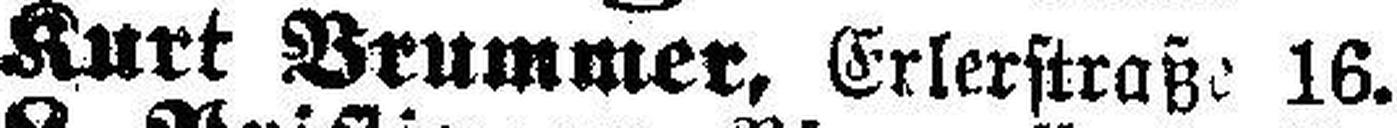
Kurt Brummer, Erlerstraße 16.